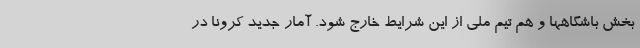
بخش باشگاهها و هم تیم ملی از این شرایط خارج شود. آمار جدید کرونا در